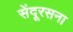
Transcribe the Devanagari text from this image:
सेंदूरसना